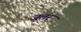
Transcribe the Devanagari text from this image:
जूलर